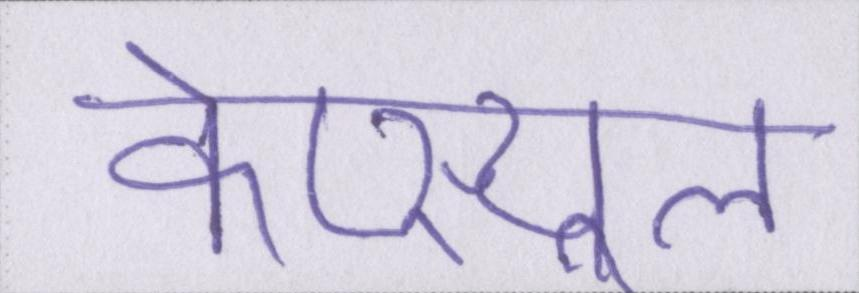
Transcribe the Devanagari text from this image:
केप्स्यूल